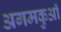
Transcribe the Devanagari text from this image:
अगमकुआँ